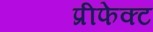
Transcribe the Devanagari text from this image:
प्रीफेक्ट